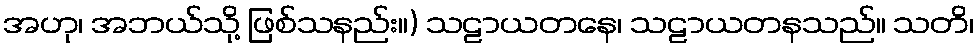
အဟု၊ အဘယ်သို့ ဖြစ်သနည်း။) သဠာယတနေ၊ သဠာယတနသည်။ သတိ၊